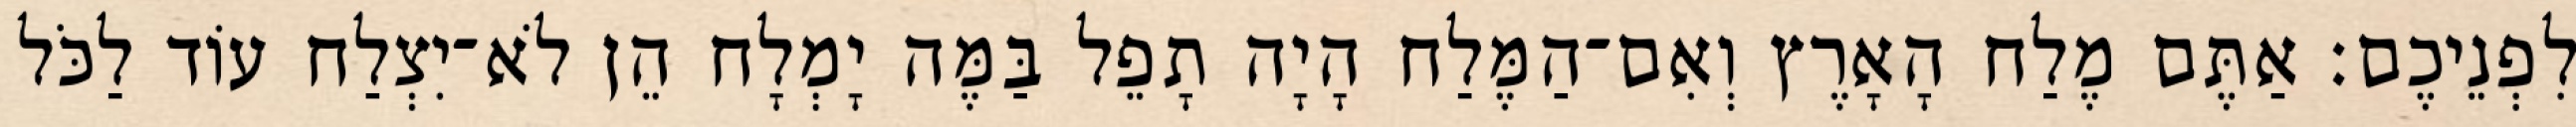
לִפְנֵיכֶם׃ אַתֶּם מֶלַח הָאָרֶץ וְאִם־הַמֶּלַח הָיָה תָפֵל בַּמֶּה יָמְלָח הֵן לֹא־יִצְלַח עוֹד לַכֹּל